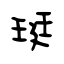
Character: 珽